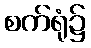
စက်ရုံ၌